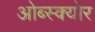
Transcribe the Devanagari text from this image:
ओब्स्क्योर